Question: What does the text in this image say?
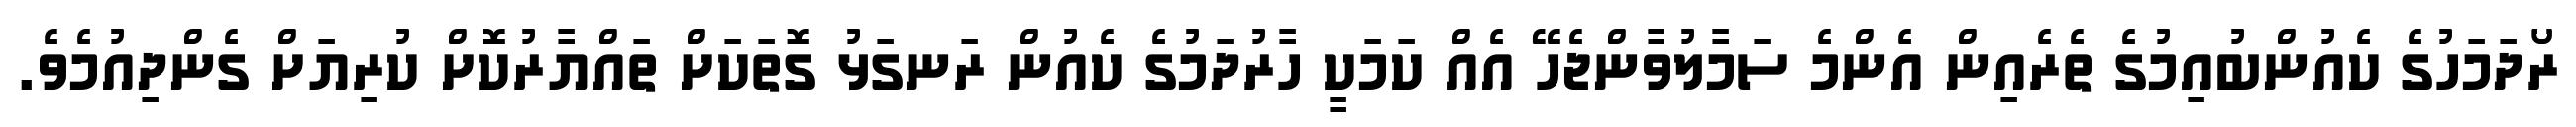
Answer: ރޯދަމަހުގެ ކެއުންބުއިމުގެ ތެރެއިން އެންމެ ސަމާލުވާންޖެހޭ އެއް ކަމަކީ ހާރުދަމުގެ ކެއުން ރަނގަޅު ގޮތަކަށް ތައްޔާރުކޮށް ކުރިޔަށް ގެންދިއުމެވެ.